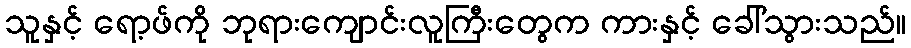
သူနှင့် ရော့ဖ်ကို ဘုရားကျောင်းလူကြီးတွေက ကားနှင့် ခေါ်သွားသည်။